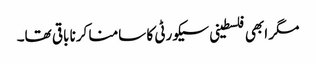
مگر ابھی فلسطینی سیکورٹی کا سامنا کرنا باقی تھا۔